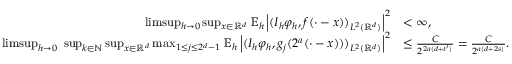
\begin{array} { r l } { \operatorname* { l i m s u p } _ { h \to 0 } \operatorname* { s u p } _ { x \in \mathbb { R } ^ { d } } \mathbb { E } _ { h } \left| ( I _ { h } \varphi _ { h } , f ( \cdot - x ) ) _ { L ^ { 2 } ( \mathbb { R } ^ { d } ) } \right| ^ { 2 } } & { < \infty , } \\ { \operatorname* { l i m s u p } _ { h \to 0 } \ \operatorname* { s u p } _ { k \in \mathbb { N } } \operatorname* { s u p } _ { x \in \mathbb { R } ^ { d } } \operatorname* { m a x } _ { 1 \le j \le 2 ^ { d } - 1 } \mathbb { E } _ { h } \left| ( I _ { h } \varphi _ { h } , g _ { j } ( 2 ^ { a } ( \cdot - x ) ) ) _ { L ^ { 2 } ( \mathbb { R } ^ { d } ) } \right| ^ { 2 } } & { \le \frac { C } { 2 ^ { 2 a ( d + t ^ { \prime } ) } } = \frac { C } { 2 ^ { a ( d + 2 s ) } } . } \end{array}